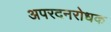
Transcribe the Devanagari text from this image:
अपरदनरोधक